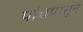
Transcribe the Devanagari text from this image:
पांचपासून